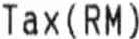
TAX(RM)